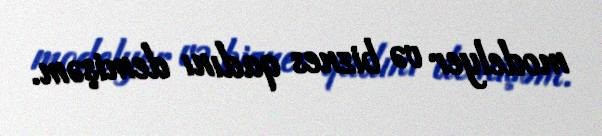
modelyer və biznes qadını demişəm.